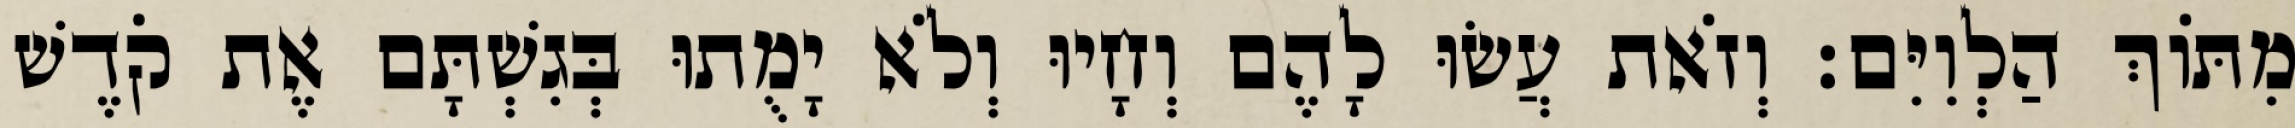
מִתּוֹךְ הַלְוִיִּם׃ וְזֹאת עֲשׂוּ לָהֶם וְחָיוּ וְלֹא יָמֻתוּ בְּגִשְׁתָּם אֶת קֹדֶשׁ